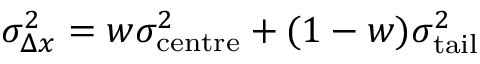
\sigma _ { \Delta x } ^ { 2 } = w \sigma _ { \mathrm { c e n t r e } } ^ { 2 } + ( 1 - w ) \sigma _ { \mathrm { t a i l } } ^ { 2 }